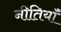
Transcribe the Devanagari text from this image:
नीतियॉं